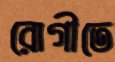
রোগীতে